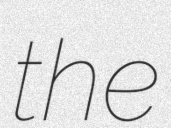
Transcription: the